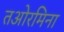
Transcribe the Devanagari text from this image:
तओरमिना